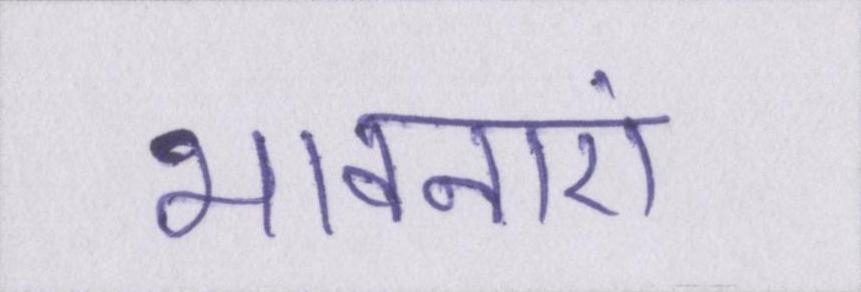
भावनाएं